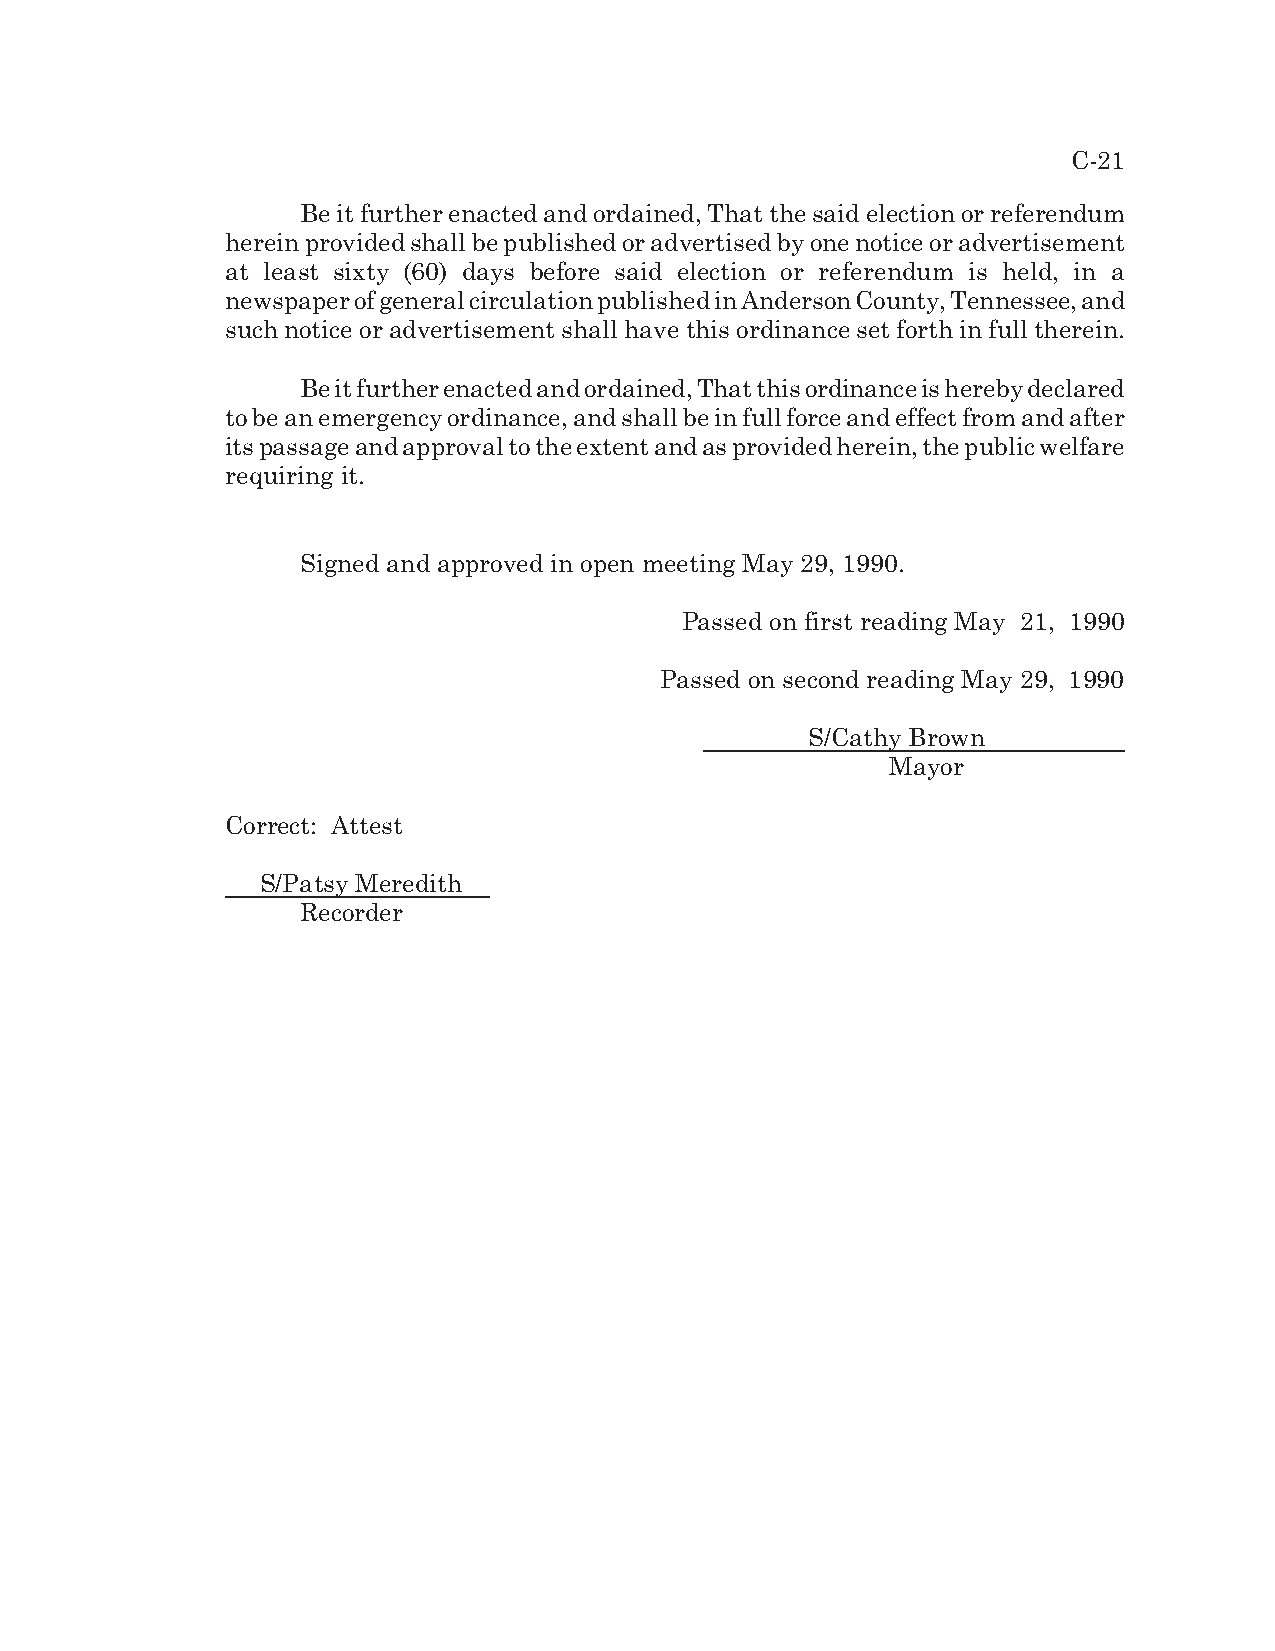
C-21
 Be it further enacted and ordained, That the said election or referendum
 herein provided shall be published or advertised by one notice or advertisement
 at least sixty (60) days before said election or referendum is held, in a
 newspaper of general circulation published in Anderson County, Tennessee, and
 such notice or advertisement shall have this ordinance set forth in full therein.
 Be it further enacted and ordained, That this ordinance is hereby declared
 to be an emergency ordinance, and shall be in full force and effect from and after
 its passage and approval to the extent and as provided herein, the public welfare
 requiring it.
 Signed and approved in open meeting May 29, 1990.
 Passed on first reading May 21, 1990
 Passed on second reading May 29, 1990
 S/Cathy Brown
 Mayor
 Correct: Attest
 S/Patsy Meredith
 Recorder